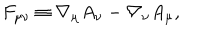
F _ { \mu \nu } \equiv \nabla _ { \mu } A _ { \nu } - \nabla _ { \nu } A _ { \mu } ,